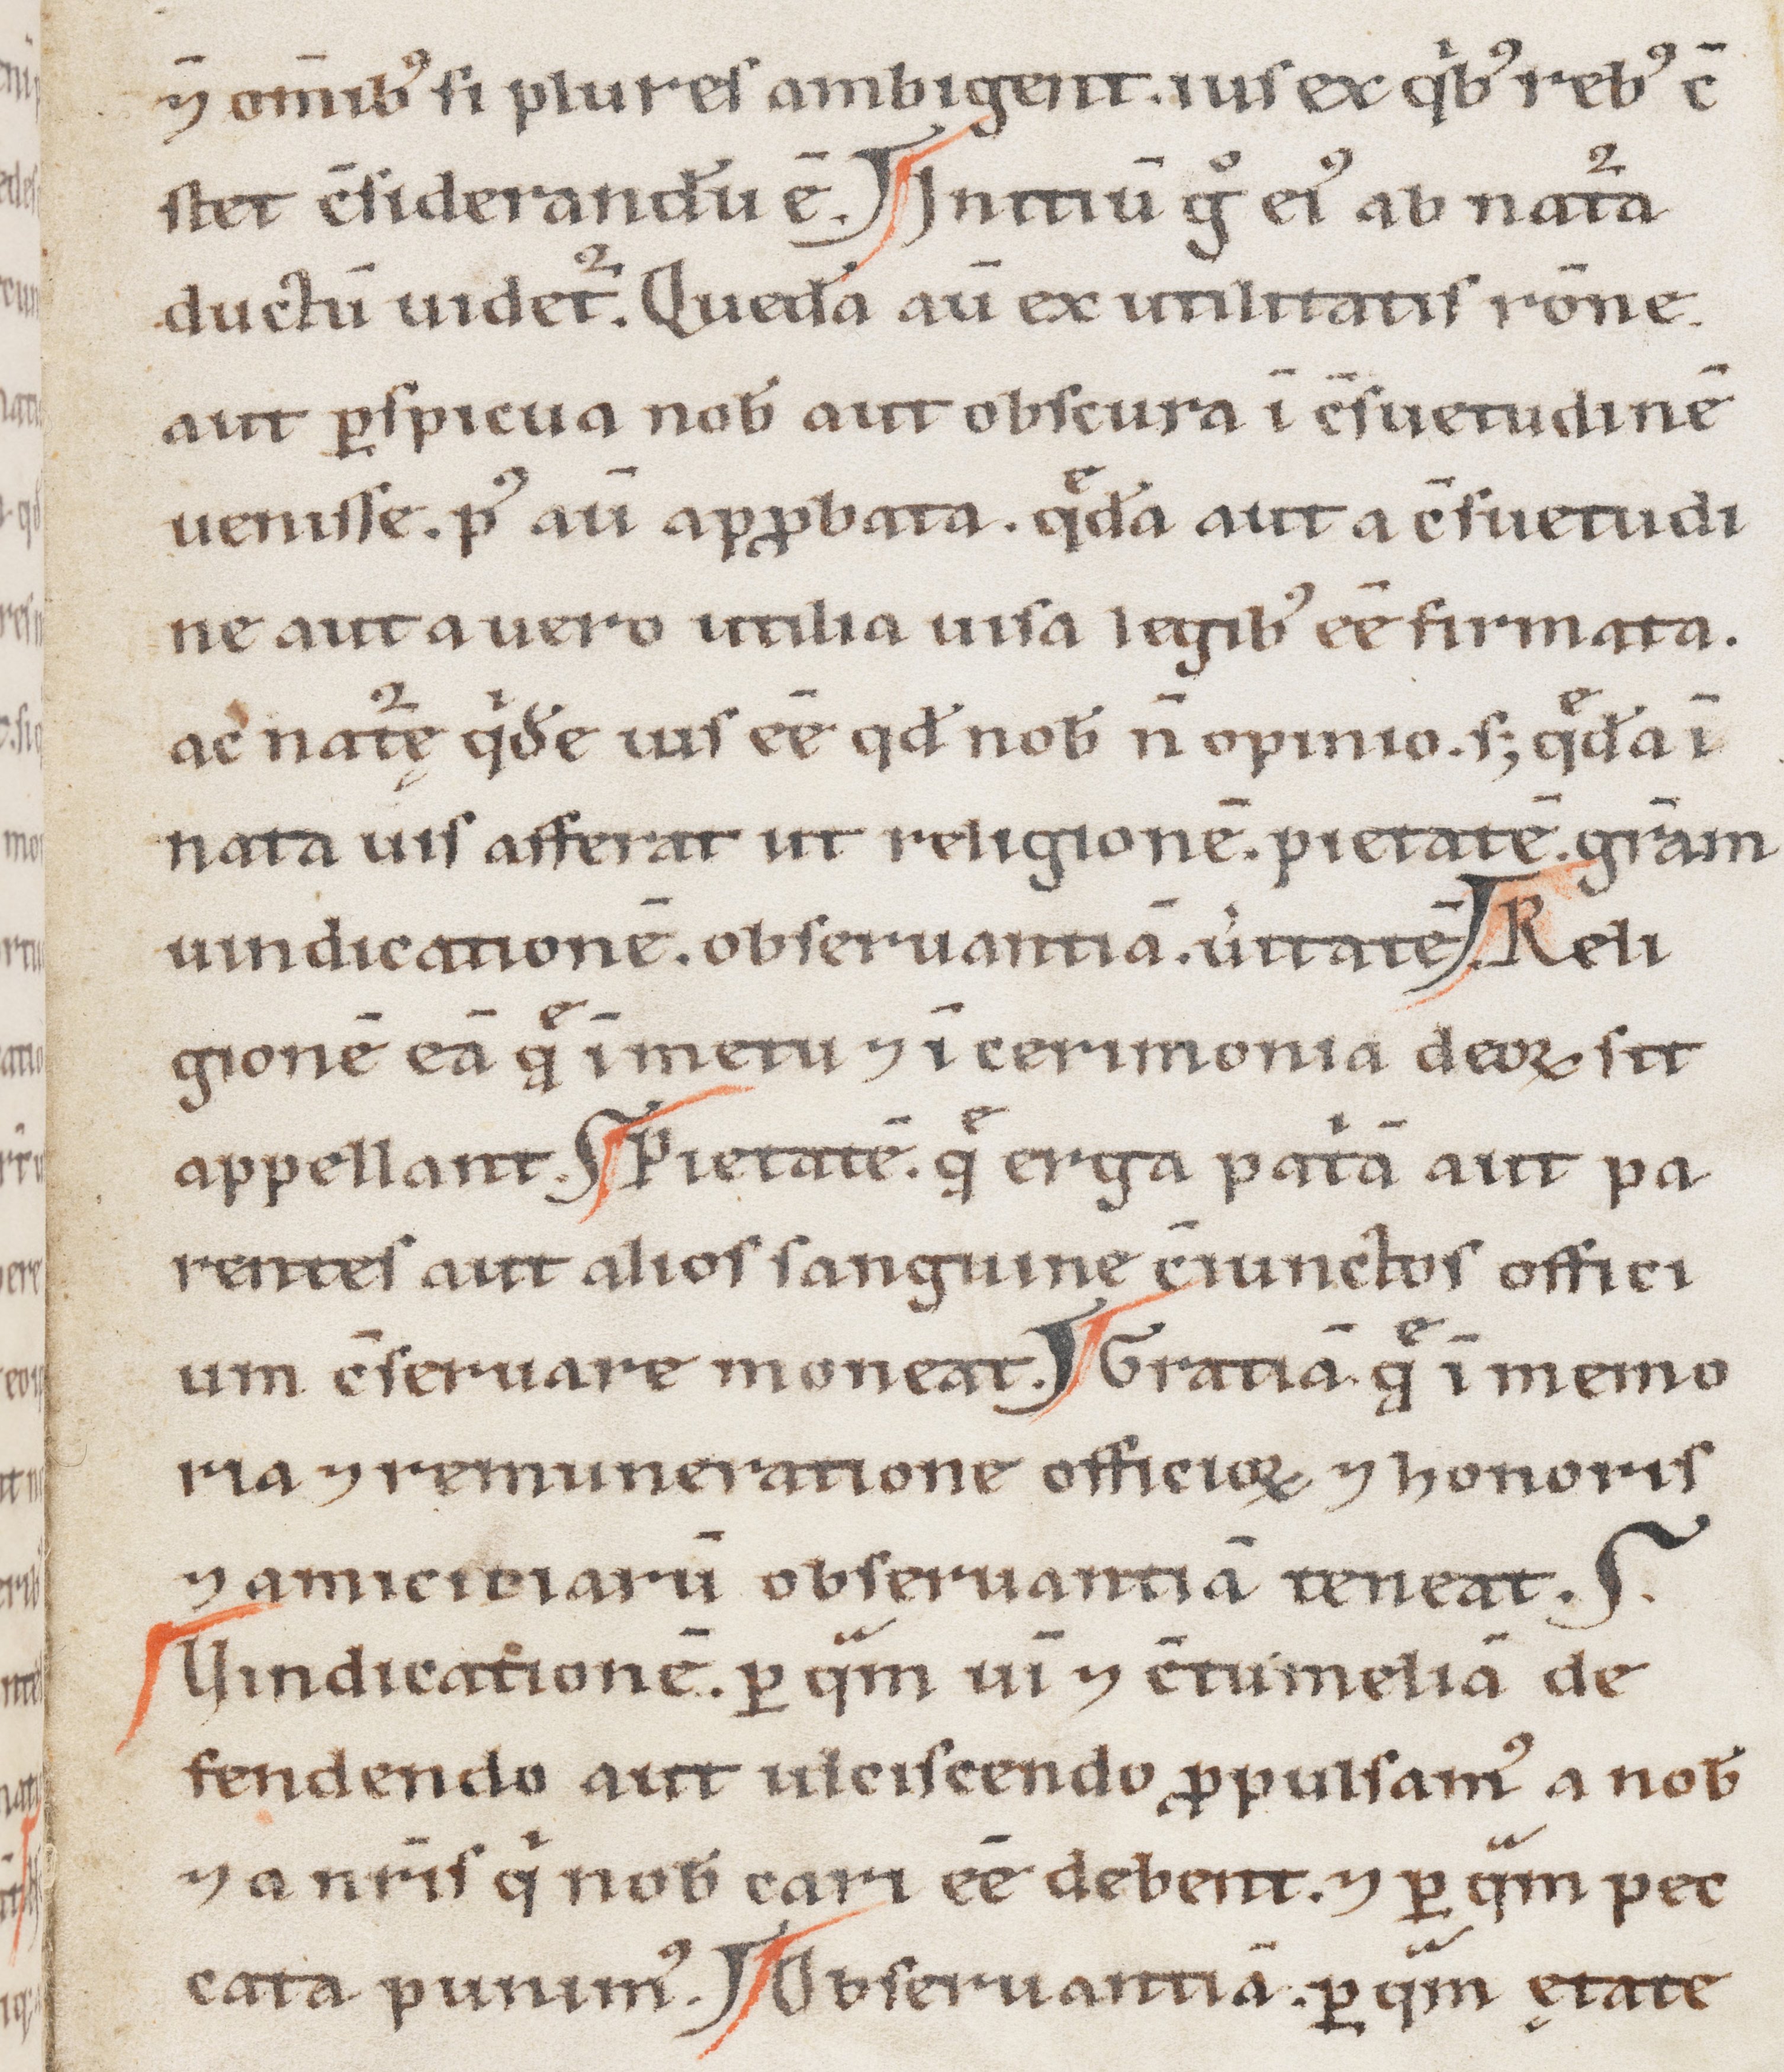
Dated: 1100–1199